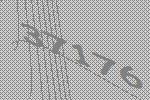
37176